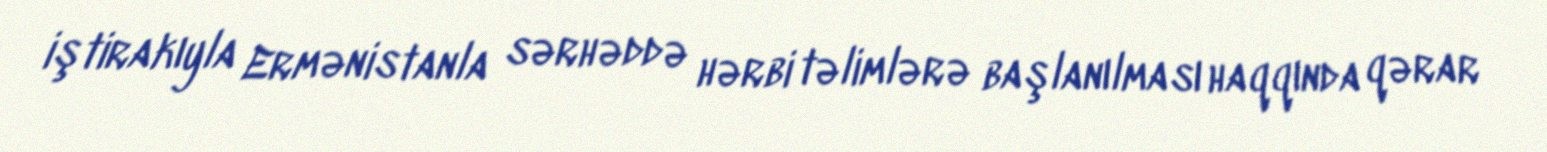
iştirakıyla Ermənistanla sərhəddə hərbi təlimlərə başlanılması haqqında qərar